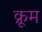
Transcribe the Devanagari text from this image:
क्रूम